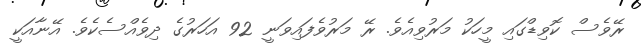
ރޭވެސް ކޮވިޑްގައި މީހަކު މަރުވިއެވެ. ރޭ މަރުވެފައިވަނީ 92 އަހަރުގެ ދިވެއްސެކެވެ. އޭނާއަކީ